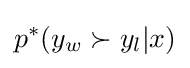
p^{*}(y_{w}\succ y_{l}|x)